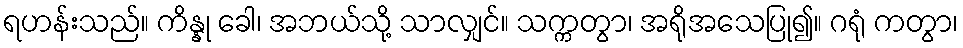
ရဟန်းသည်။ ကိန္နု ခေါ၊ အဘယ်သို့ သာလျှင်။ သက္ကတွာ၊ အရိုအသေပြု၍။ ဂရုံ ကတွာ၊